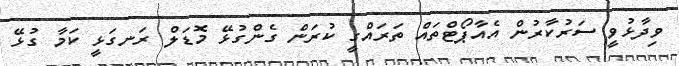
ވިދާޅުވީ ސަރުކާރުން އެއާޕޯޓްތައް ތަރައްގީ ކުރަން ގެންގުޅޭ މޮޑަލް ރަނގަޅީ ކަމާ ގުޅޭ